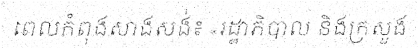
ពេលកំពុងសាងសង់៖ «រដ្ឋាភិបាល និងក្រសួង